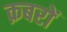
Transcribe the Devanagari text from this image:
क़बरों